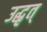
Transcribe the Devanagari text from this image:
उद्धृत्